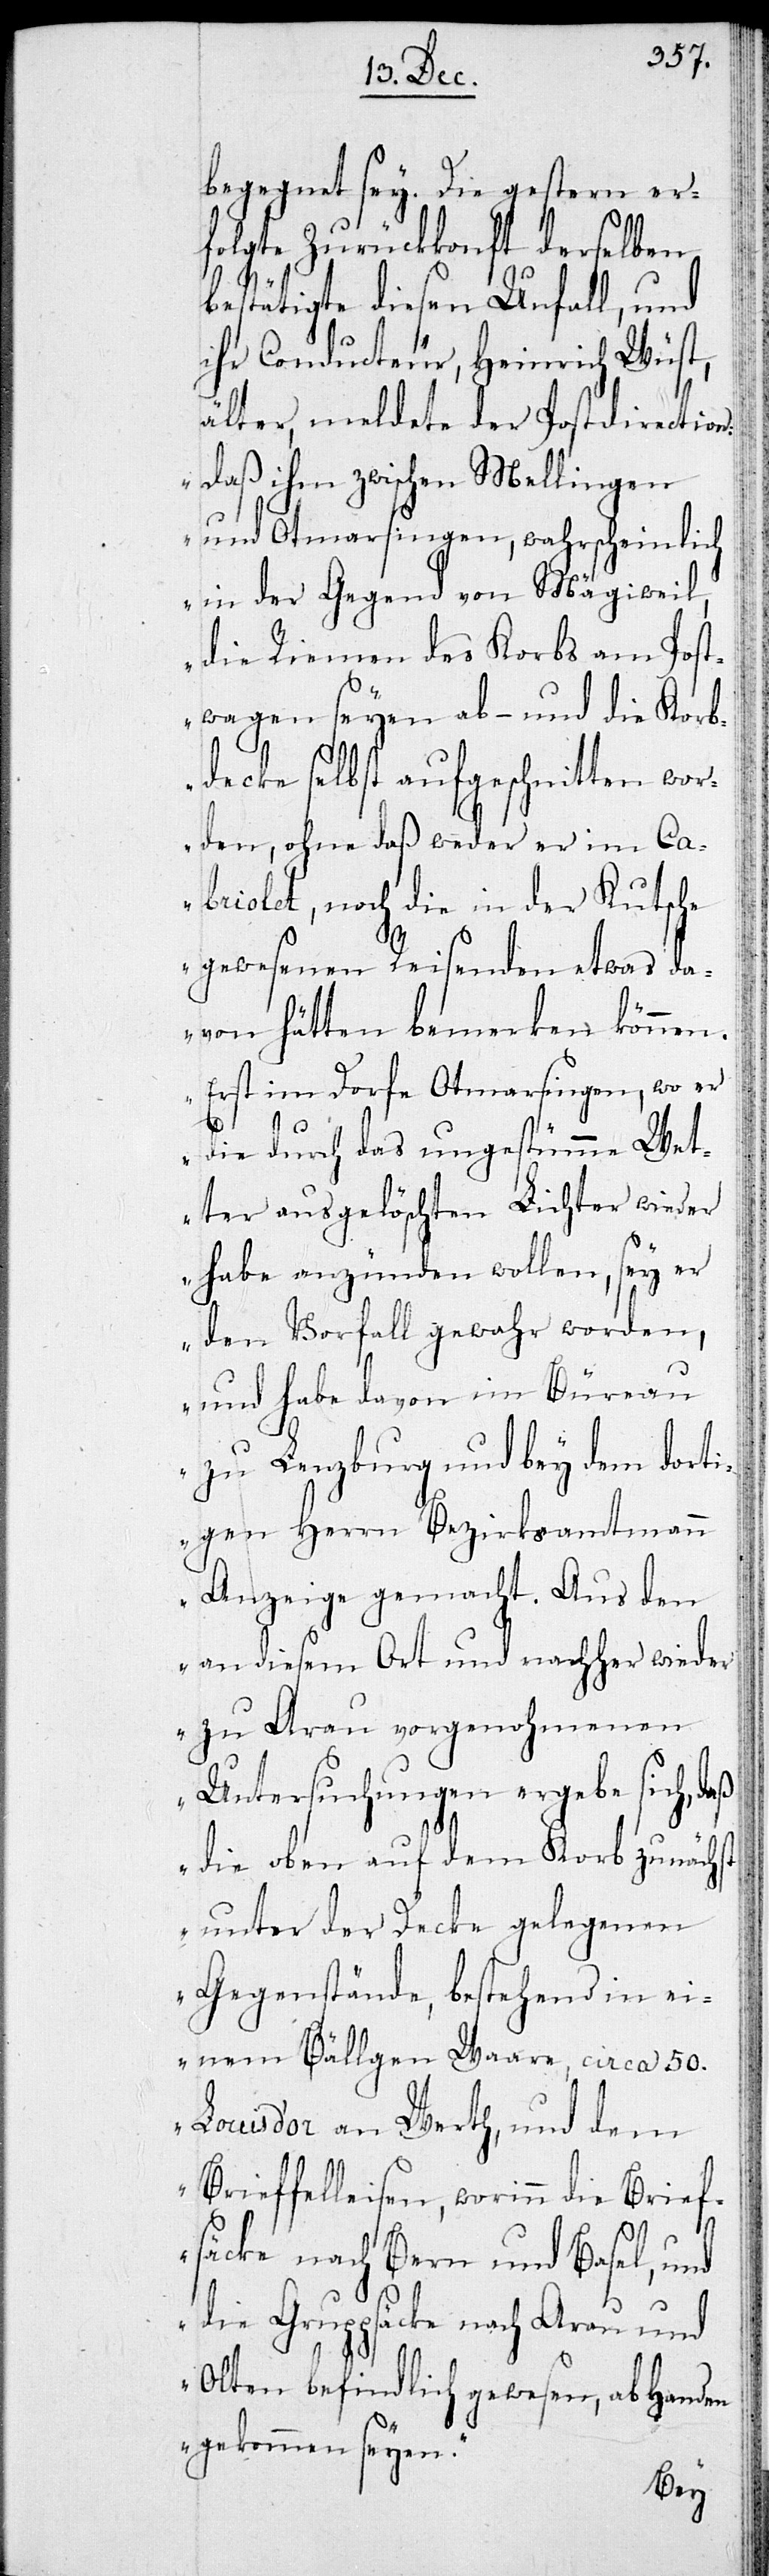
begegnet sey. Die gestern er¬
folgte Zurückkonft derselben
bestätigte diesen Unfall, und
ihr Conducteur, Heinrich Wüst,
älter, meldete der Postdirection,
„daß ihm zwischen Mellingen
und Otmarsingen, wahrscheinlich
in der Gegend von Mägiweil,
die Riemen des Korbs am Post¬
wagen seyen ab- und die Korb¬
decke selbst aufgeschnitten wor¬
den, ohne daß weder er im Ca¬
briolet, noch die in der Kutsche
gewesenen Reisenden etwas da¬
von hätten bemerken können.
Erst im Dorfe Otmarsingen, wo er
die durch das ungestüme Wet¬
ter ausgelöschten Lichter wieder
habe anzünden wollen, sey er
den Vorfall gewahr worden,
und habe davon im Büreau
zu Lenzburg und bey dem dort¬
igen Herrn Bezirksamtmann
Anzeige gemacht. Aus den
an diesem Ort und nachher wieder
zu Aarau vorgenohmenen
Untersuchungen ergebe sich, daß
die oben auf dem Korb zunächst
unter der Decke gelegenen
Gegenstände, bestehend in ei¬
nem Bällgen Waare, circa 50.
Louis d’or an Werth, und dem
Brieffelleisen, worinn die Brief¬
säcke nach Bern und Basel, und
die Gruppsäcke nach Aarau und
Olten befindlich gewesen, abhanden
gekommen seyen.“